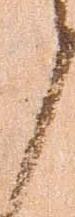
候